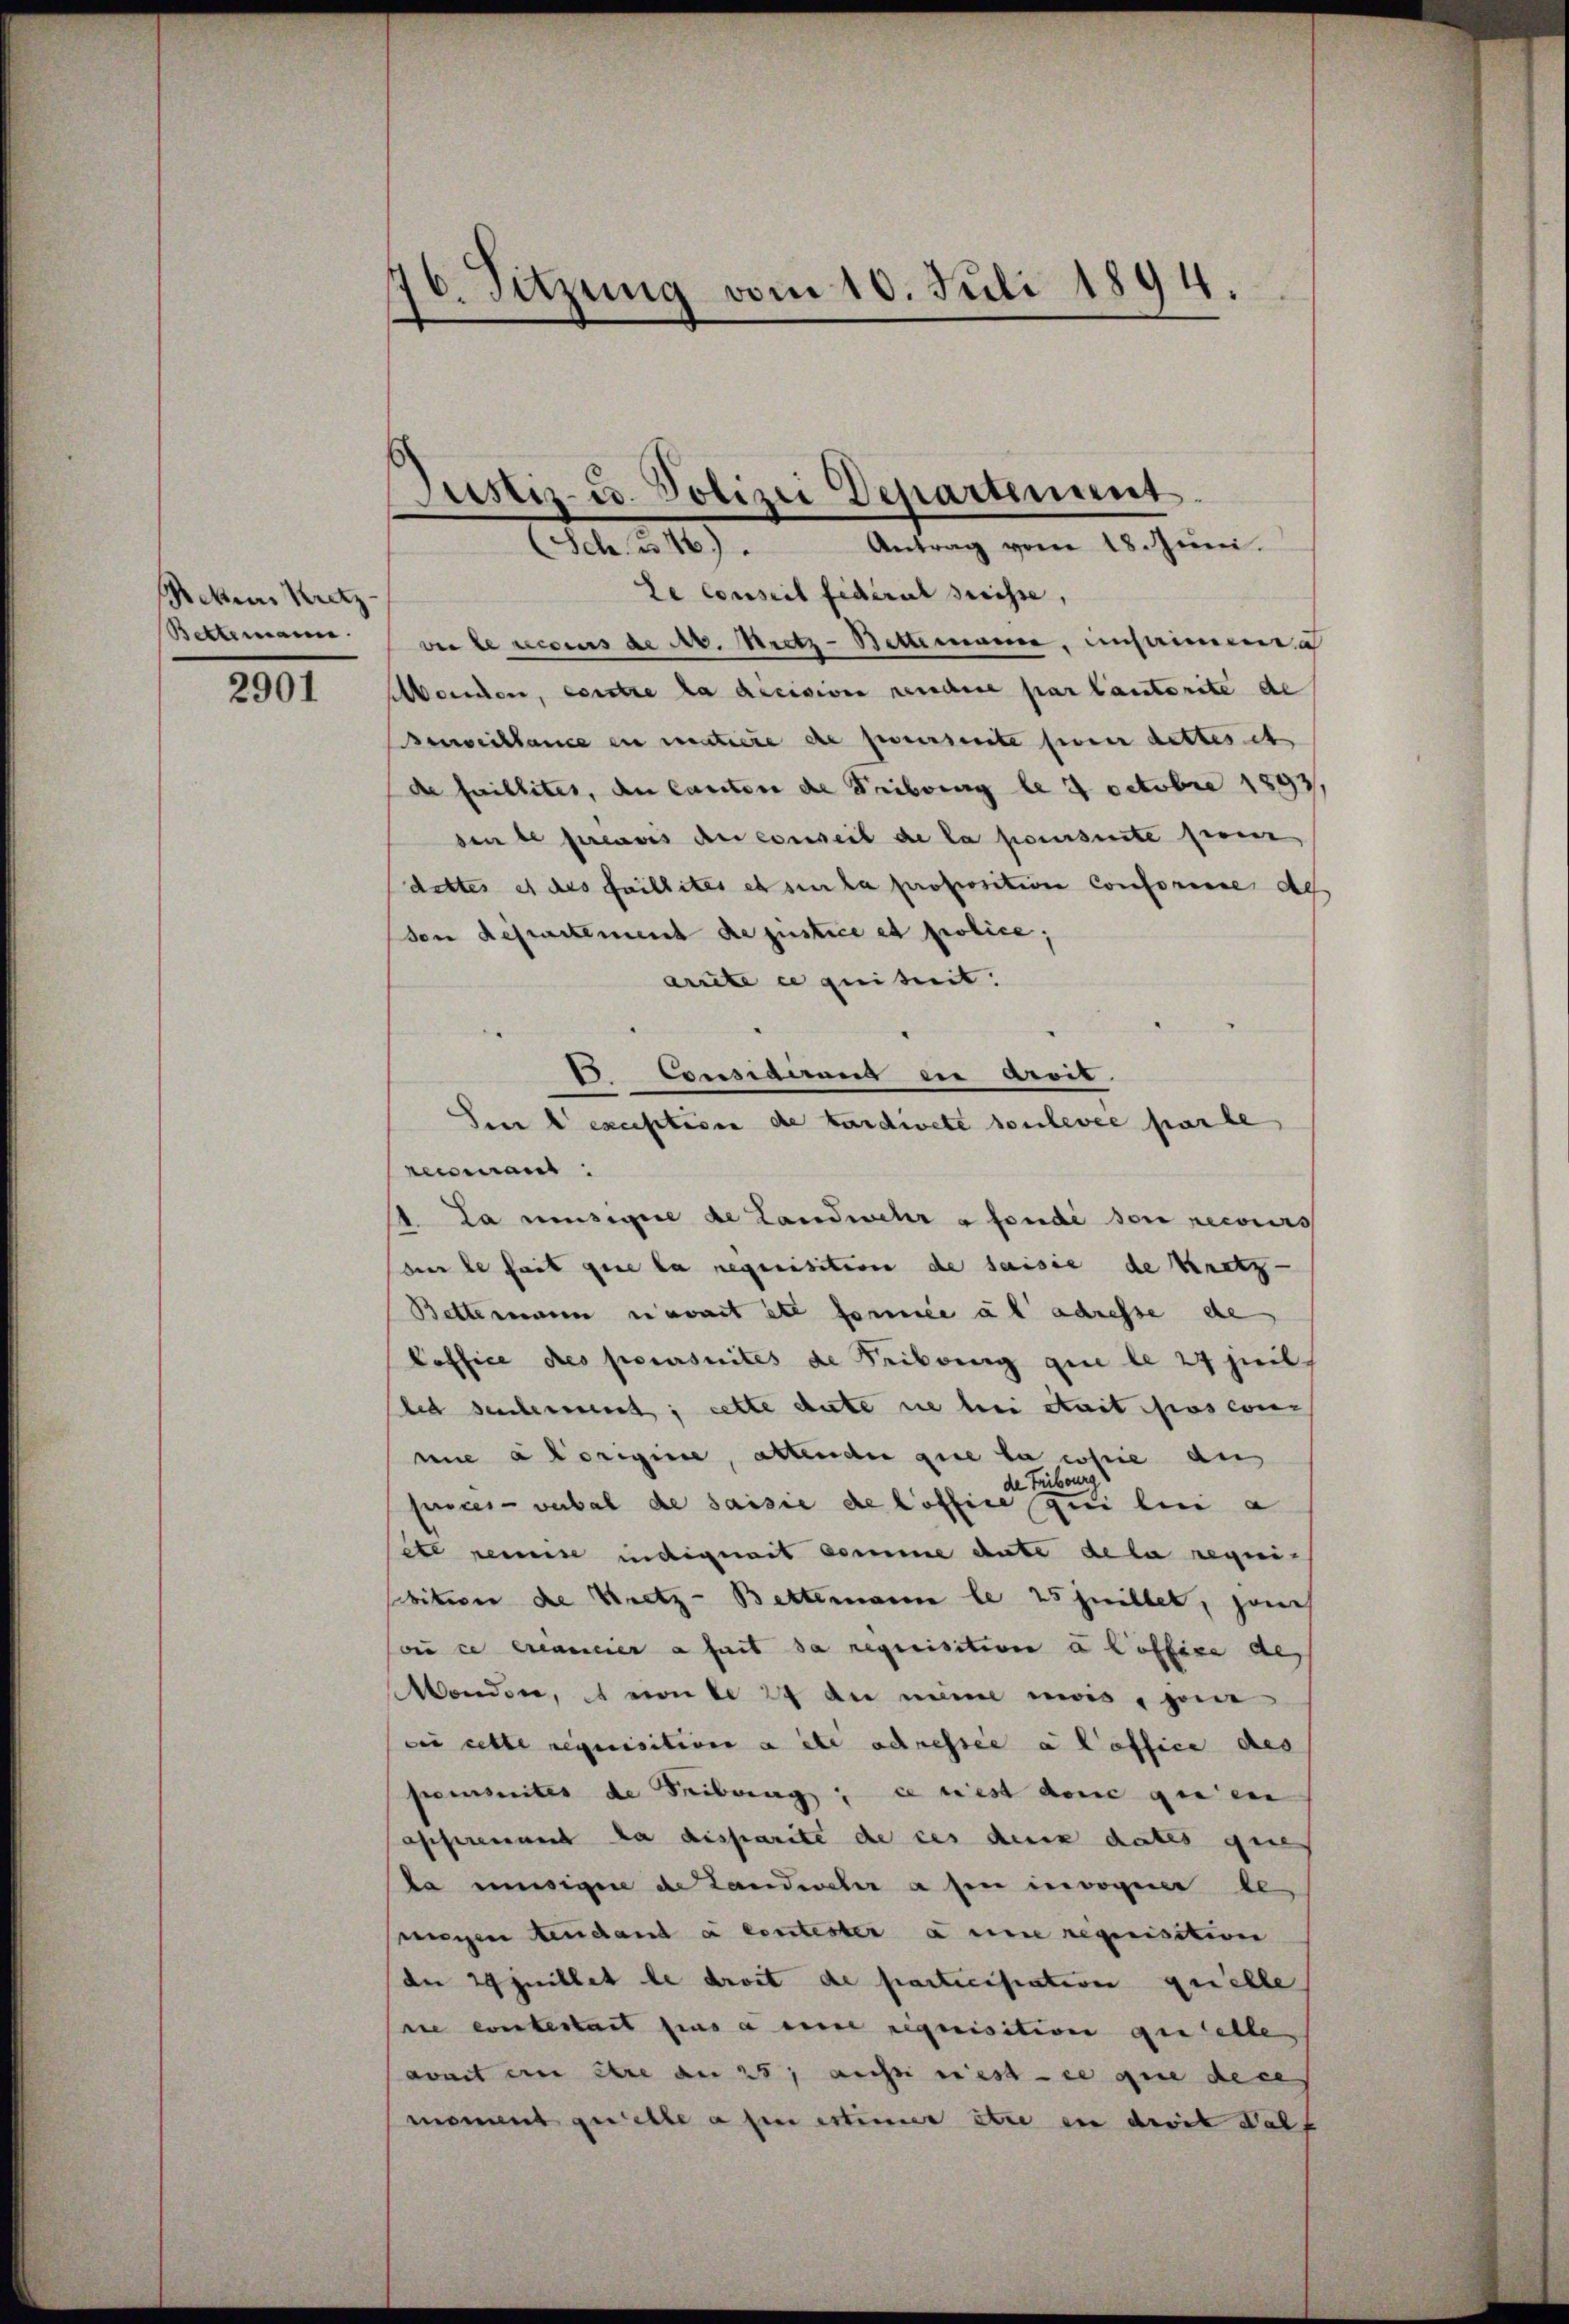
Rekurs Kretz-
Bettemann.

2901

16. Sitzung vom 10. Juli 1894.

Justiz- u. Polizei Departement.
Sch. u. 16. " Antrag vom 18. Jŭni.

Le conseil fédéral Suisse,
ve le reconus de Nr. Nietz-Bettmann, einsammen
heuchen, contre la dicision reichere par lautorite de
Berichtance en matière die perversente siner dettes et
de faillites, den Cantone die Fribourg le 4 Octobre 1893
den de preuves der conseit de la poursuite freier
dettes et das faillites et sie la proposition conforinne des
son departement de justice et police;
arnte ce quitreit.
15 Considend in Arvit
Senn a exception de tardivete soulevée parte
renmant:
1. La mesigere de Landwehr a fondé son recours
sur le fait gene la requisition de saisie de Kretz-
Betteren einwart ist ferne ab adresse de
Poffice des poursuites de Tribung que le 27 heil
ted seichermeist; cette gute sie bei stait pas con
mie a origine, altende que la chie aus
de Fribourg)
fices verbal de saisie de loffice zu lei a
te reise indignat komme ente de la requis
sbitter die Kretz-Bettemann le 25 juillet, jene
ou ce trancier a fait da requisition u Poffice des
Mondere, et einte 24 an meine mois, seine
si cette requisition a été adressée a l’office des
penseites de Freibung, se nest den gien
asseremund da disparite de ces denn dates gese
da unsigen de Landweher a hin invoquer be
ungen endant à contester à une requisition
denr 29 Juillet le droit de particiscation quelle
sie eintestatt fins a eine requisition quelle
avait en être an 25, auch rest ce qui de ces
moment quelle a fie estimmer etwa in droit Walt